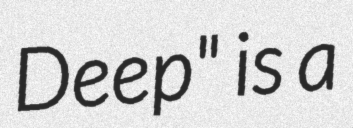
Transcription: Deep" is a